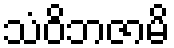
သံဝိဘဇာမိ